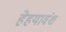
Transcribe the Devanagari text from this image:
हेहयावंश